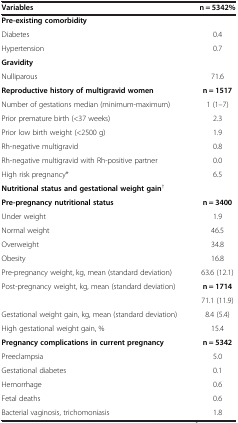
<table><thead><tr><td><b>Variables</b></td><td><b>n = 5342%</b></td></tr></thead><tbody><tr><td><b>Pre-existing comorbidity</b></td><td> </td></tr><tr><td>Diabetes</td><td>0.4</td></tr><tr><td>Hypertension</td><td>0.7</td></tr><tr><td><b>Gravidity</b></td><td> </td></tr><tr><td>Nulliparous</td><td>71.6</td></tr><tr><td><b>Reproductive history of multigravid women</b></td><td><b>n = 1517</b></td></tr><tr><td>Number of gestations median (minimum-maximum)</td><td>1 (1–7)</td></tr><tr><td>Prior premature birth (&lt;37 weeks)</td><td>2.3</td></tr><tr><td>Prior low birth weight (&lt;2500 g)</td><td>1.9</td></tr><tr><td>Rh-negative multigravid</td><td>0.8</td></tr><tr><td>Rh-negative multigravid with Rh-positive partner</td><td>0.0</td></tr><tr><td>High risk pregnancy*</td><td>6.5</td></tr><tr><td><b>Nutritional status and gestational weight gain</b><sup>†</sup></td><td> </td></tr><tr><td><b>Pre-pregnancy nutritional status</b></td><td><b>n = 3400</b></td></tr><tr><td>Under weight</td><td>1.9</td></tr><tr><td>Normal weight</td><td>46.5</td></tr><tr><td>Overweight</td><td>34.8</td></tr><tr><td>Obesity</td><td>16.8</td></tr><tr><td>Pre-pregnancy weight, kg, mean (standard deviation)</td><td>63.6 (12.1)</td></tr><tr><td rowspan="2">Post-pregnancy weight, kg, mean (standard deviation)</td><td><b>n = 1714</b></td></tr><tr><td>71.1 (11.9)</td></tr><tr><td>Gestational weight gain, kg, mean (standard deviation)</td><td>8.4 (5.4)</td></tr><tr><td>High gestational weight gain, %</td><td>15.4</td></tr><tr><td><b>Pregnancy complications in current pregnancy</b></td><td><b>n = 5342</b></td></tr><tr><td>Preeclampsia</td><td>5.0</td></tr><tr><td>Gestational diabetes</td><td>0.1</td></tr><tr><td>Hemorrhage</td><td>0.6</td></tr><tr><td>Fetal deaths</td><td>0.6</td></tr><tr><td>Bacterial vaginosis, trichomoniasis</td><td>1.8</td></tr></tbody></table>